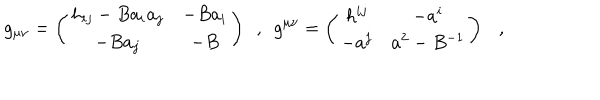
g _ { \mu \nu } = \left( \begin{array} { c c } { { h _ { i j } - B a _ { i } a _ { j } } } & { { - B a _ { i } } } \\ { { - B a _ { j } } } & { { - B } } \\ \end{array} \right) ~ ~ , ~ ~ g ^ { \mu \nu } = \left( \begin{array} { c c } { { h ^ { i j } } } & { { - a ^ { i } } } \\ { { - a ^ { j } } } & { { a ^ { 2 } - B ^ { - 1 } } } \\ \end{array} \right) ,